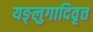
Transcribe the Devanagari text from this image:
यङ्लुगादिवृत्त